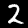
Digit: 2